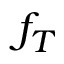
f _ { T }